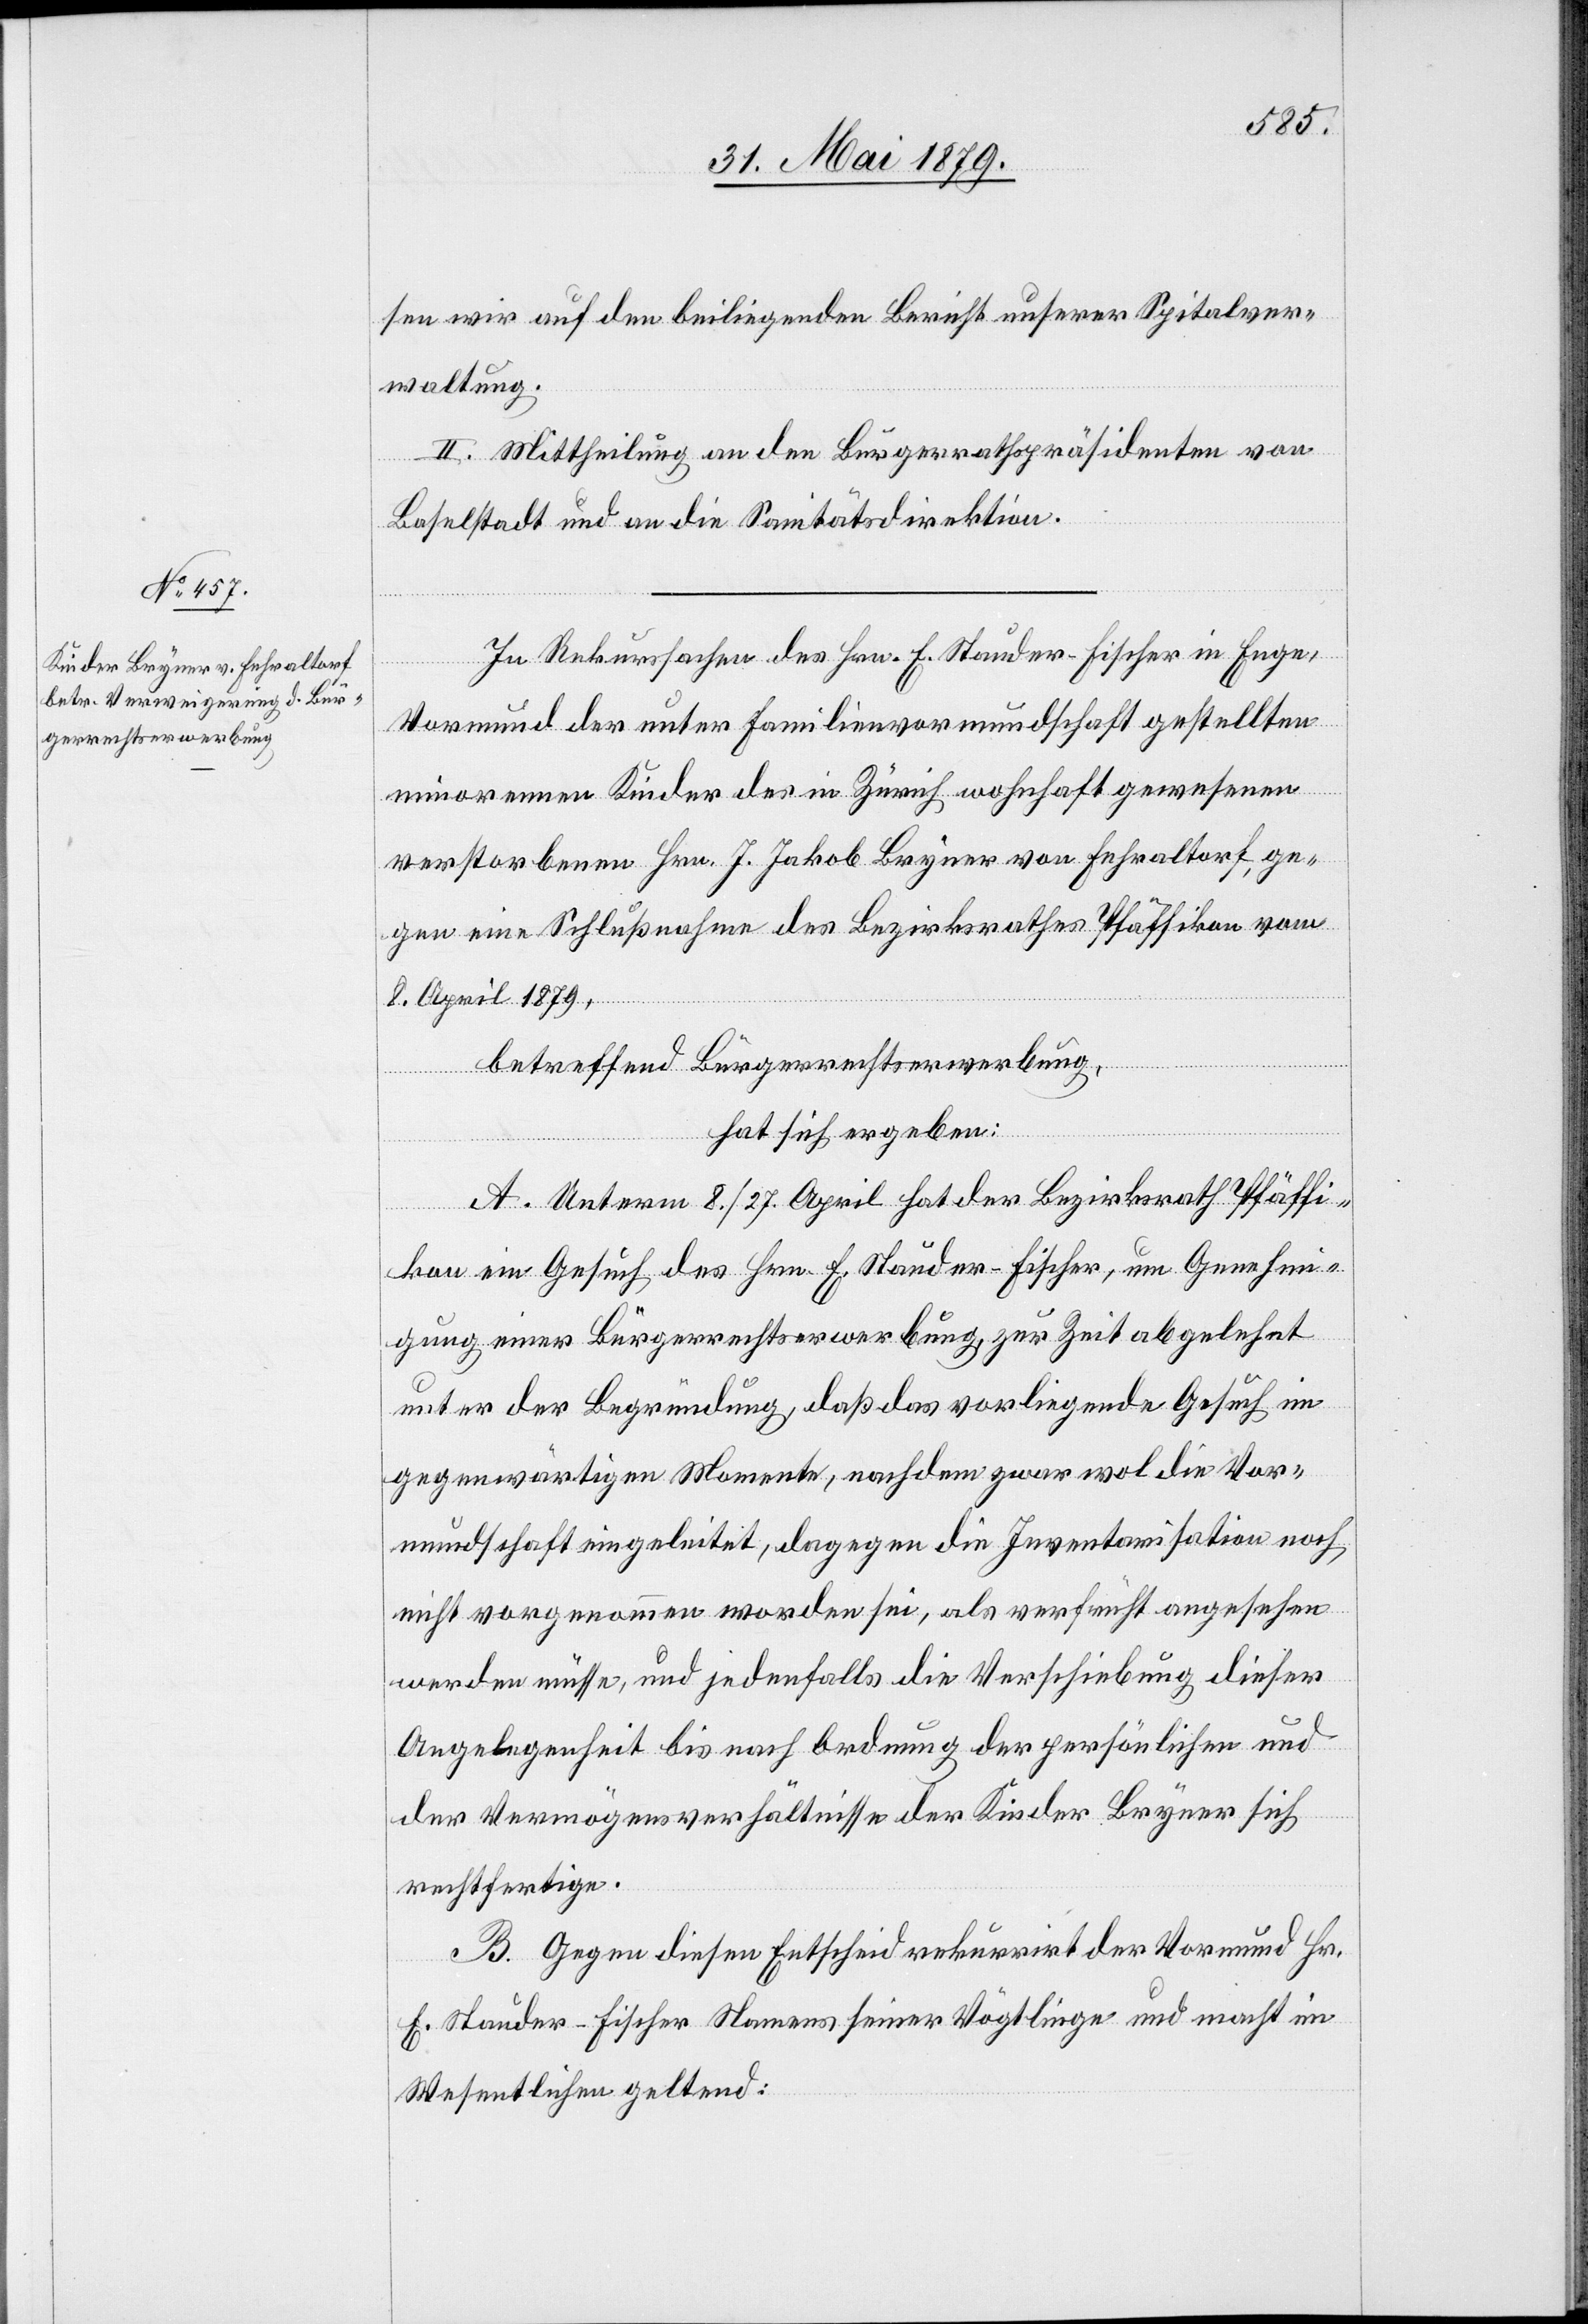
sen wir auf den beiliegenden Bericht unserer Spitalver¬
waltung.
II. Mittheilung an den Bürgerrathspräsidenten von
Baselstadt und an die Sanitätsdirektion.
In Rekurssachen des Hrn. E. Stauder-Fischer in Enge,
Vormund der unter Familienvormundschaft gestellten
minorennen Kinder des in Zürich wohnhaft gewesenen
verstorbenen Hrn. J. Jakob Bryner von Fehraltorf, ge¬
gen eine Schlußnahme des Bezirksrathes Pfäffikon vom
8. April 1879,
betreffend Bürgerrechtserwerbung,
hat sich ergeben:
A. Unterm 8./27. April hat der Bezirksrath Pfäffi¬
kon ein Gesuch des Hrn. E. Stauder-Fischer, um Genehmi¬
gung einer Bürgerrechtserwerbung, zur Zeit abgelehnt
unter der Begründung, daß das vorliegende Gesuch im
gegenwärtigen Momente, nachdem zwar wol die Vor¬
mundschaft eingeleitet, dagegen die Inventarisation noch
nicht vorgenommen worden sei, als verfrüht angesehen
werden müsse, und jedenfalls die Verschiebung dieser
Angelegenheit bis nach Ordnung der persönlichen und
der Vermögensverhältnisse der Kinder Bryner sich
rechtfertige.
B. Gegen diesen Entscheid rekurrirt der Vormund Hr.
E. Stauder-Fischer Namens seiner Vögtlinge und macht im
Wesentlichen geltend: